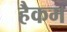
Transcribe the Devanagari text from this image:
हैकम